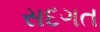
સદગત